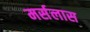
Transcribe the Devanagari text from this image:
मर्सलास